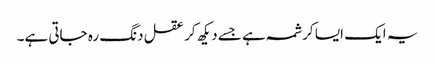
یہ ایک ایسا کرشمہ ہے جسے دیکھ کر عقل دنگ رہ جاتی ہے۔